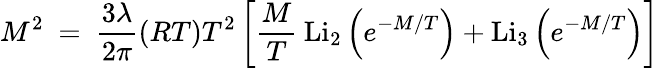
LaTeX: M^{2}~=~\frac{3\lambda}{2\pi}(RT)T^{2}\left[\frac{M}{T}\: \mathrm{Li}_{2}\left(e^{-M/T}\right)+\mathrm{Li}_{3}\left(e^{-M/T}\right)\right]~